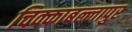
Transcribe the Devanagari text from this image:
चिक्काबल्लापुर